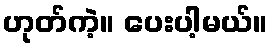
ဟုတ်ကဲ့။ ပေးပါ့မယ်။